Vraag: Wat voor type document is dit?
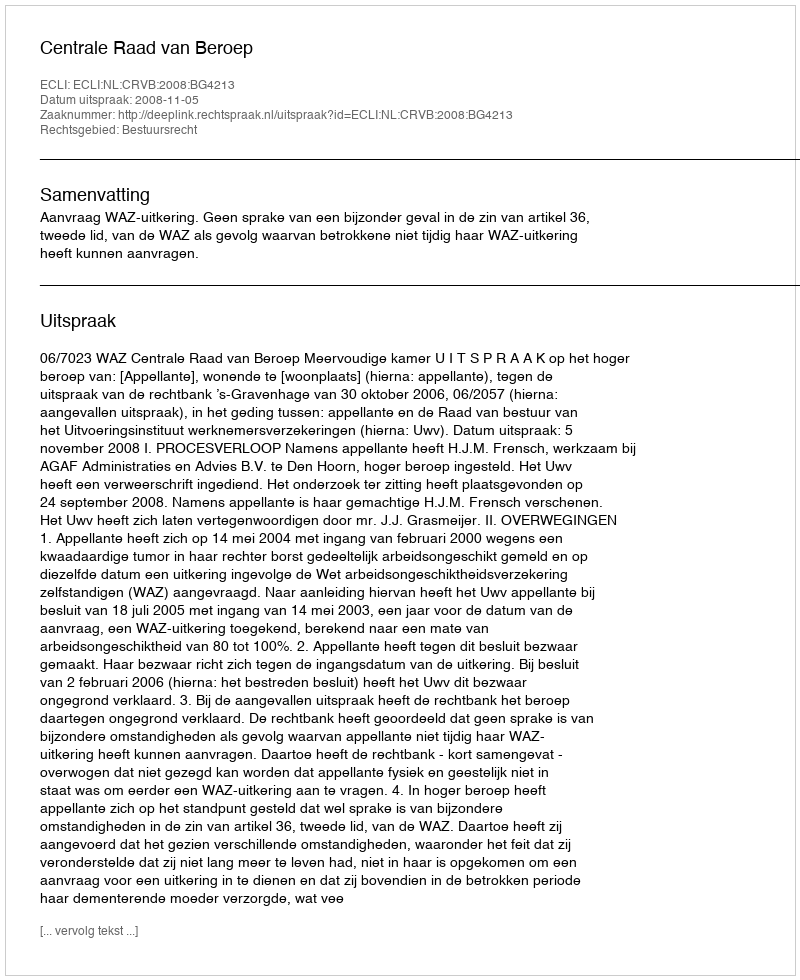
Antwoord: Uitspraak